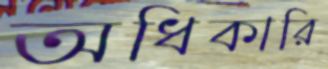
অধিকারি